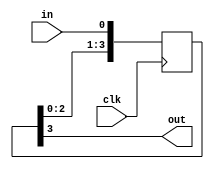
`timescale 1ns / 1ps
//////////////////////////////////////////////////////////////////////////////////
// 
// 
// Module Name:    delay 
//
//////////////////////////////////////////////////////////////////////////////////
module delayN
	#(parameter NDELAY = 4)
	(clk,in,out);
   input clk;
   input in;
   output out;

   reg [NDELAY-1:0] shiftreg;
   wire 	    out = shiftreg[NDELAY-1];

   always @(posedge clk)
     shiftreg <= {shiftreg[NDELAY-2:0],in};

endmodule // delayN